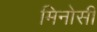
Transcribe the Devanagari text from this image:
मिनोसी